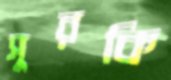
সুরকি